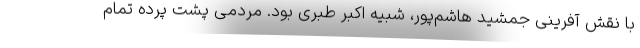
با نقش آفرینی جمشید هاشم‌پور، شبیه اکبر طبری بود. مردمی پشت پرده تمام